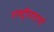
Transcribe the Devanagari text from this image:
राष्ट्रीयतायों